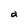
Character: a